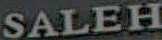
SALEH